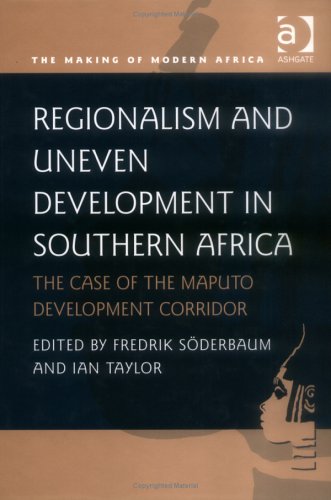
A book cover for Regionalism and Uneven Development in Southern Africa: The Case of the Maputo Development Corridor (Making of Modern Africa); Travel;